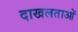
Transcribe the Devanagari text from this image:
दाखलताओं